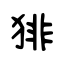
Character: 猅